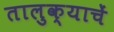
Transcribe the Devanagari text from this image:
तालुक्याचें